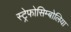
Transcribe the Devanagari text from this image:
स्ट्रेफोसिम्बोलिया